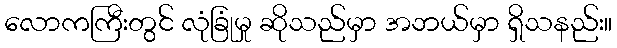
လောကကြီးတွင် လုံခြုံမှု ဆိုသည်မှာ အဘယ်မှာ ရှိသနည်း။